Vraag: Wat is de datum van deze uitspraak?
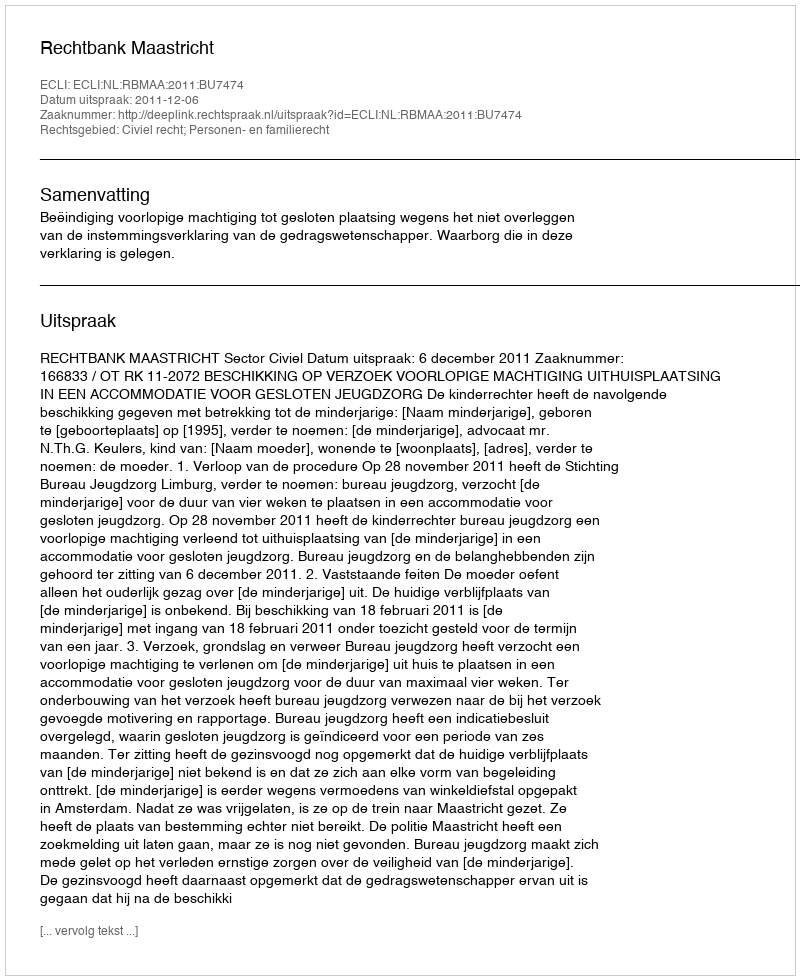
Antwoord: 2011-12-06